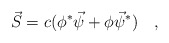
\begin{align*}\vec{S}=c(\phi^*\vec{\psi}+\phi\vec{\psi}^*) \quad ,\end{align*}